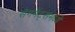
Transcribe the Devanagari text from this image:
सेगमेंट्समध्ये